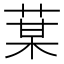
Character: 𦳑